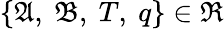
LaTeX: \left\{ \mathfrak{A},\ \mathfrak{B},\ T,\ q\right\} \in\Re